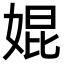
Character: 婫